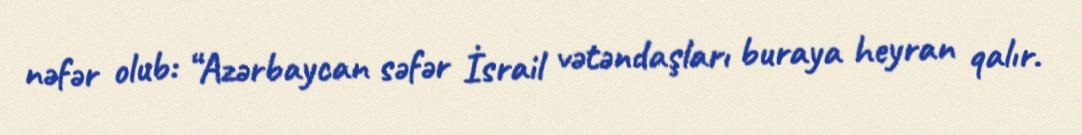
nəfər olub: “Azərbaycan səfər İsrail vətəndaşları buraya heyran qalır.